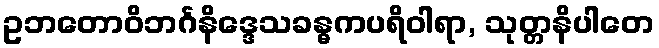
ဥဘတောဝိဘင်္ဂနိဒ္ဒေသခန္ဓကပရိဝါရာ, သုတ္တနိပါတေ